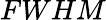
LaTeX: FWHM